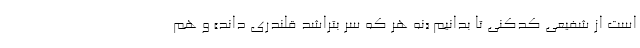
است از شفیعی کدکنی تا بدانیم «نه هر که سر بتراشد قلندری داند» و هم